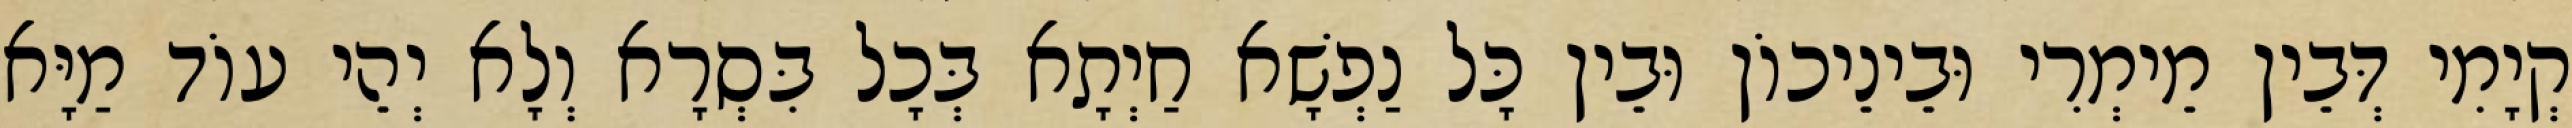
קְיָמִי דְּבֵין מֵימְרִי וּבֵינֵיכוֹן וּבֵין כָּל נַפְשָׁא חַיְתָא בְּכָל בִּסְרָא וְלָא יְהֵי עוֹד מַיָּא